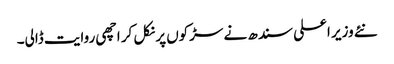
نئے وزیر اعلی سندھ نے سڑکوں پر نکل کر اچھی روایت ڈالی۔